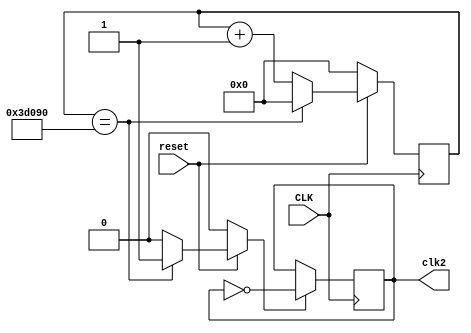

module clock2(input CLK, input reset, output wire clk2);
reg [19:0] count;
reg [19:0] c_count;
reg go;

always @ (*) begin
	go=1'b0;
	if(count==20'h3D090)begin
		c_count=20'h00_000;
		go=1'b1;
	end
	else 
		c_count=count+1;	
	if(reset==1'b0)begin 
		c_count=20'h00_000;
		go=1'b0;
	end
end

always @(posedge CLK) begin
	count<=c_count;
end 
assign go1=go;

reg c_clk,clk;
always @(*)begin 
		c_clk=~clk;
end

always @(posedge CLK) begin
	if( go==1'b1)
	clk<=c_clk;
end
assign clk2=clk;

endmodule